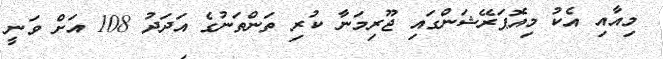
މިއާއި އެކު މިއޮޕަރޭޝަންގައި ޖޫރިމަނާ ކުރި ތަންތަނުގެ އަދަދު 108 އަށް ވަނީ